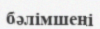
бәлімшені